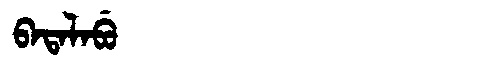
Manchu: ᠪᠠᡨᠠᠯᠠᠪᡠ
Romanization: BATALABU